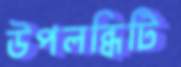
উপলব্ধিটি